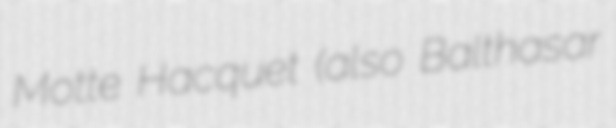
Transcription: Motte Hacquet (also Balthasar